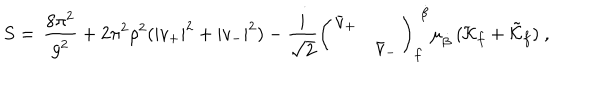
S = \, { \frac { 8 \pi ^ { 2 } } { g ^ { 2 } } } + 2 \pi ^ { 2 } \rho ^ { 2 } ( | v _ { + } | ^ { 2 } + | v _ { - } | ^ { 2 } ) - { \frac { i } { \sqrt { 2 } } } \left( \begin{array} { l l l l } { { \bar { v } _ { + } } } & { { } } \\ { { } } & { { \bar { v } _ { - } } } \\ \end{array} \right) _ { f } ^ { \, \, \dot { \beta } } \mu _ { \dot { \beta } } \, ( { \cal K } _ { f } + \tilde { \cal K } _ { f } ) \ ,